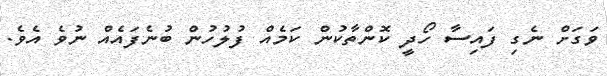
ވަގަށް ނެގި ފައިސާ ހޯދީ ކޮންތާކުން ކަމެއް ފުލުހުން ބުނެފައެއް ނުވެ އެވެ.